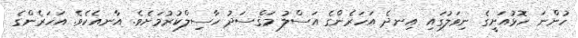
ހުންނަ ހޮޅުއަށީގެ ނިވަލުގައި އިނދެ އަހަރެންގެ އަސްލު މަޤްސަދު ހާސިލްކުރުމަށެވެ. އާނއެކެވެ. އަހަރެންގެ